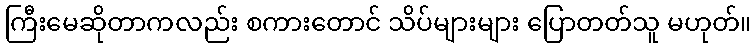
ကြီးမေဆိုတာကလည်း စကားတောင် သိပ်များများ ပြောတတ်သူ မဟုတ်။